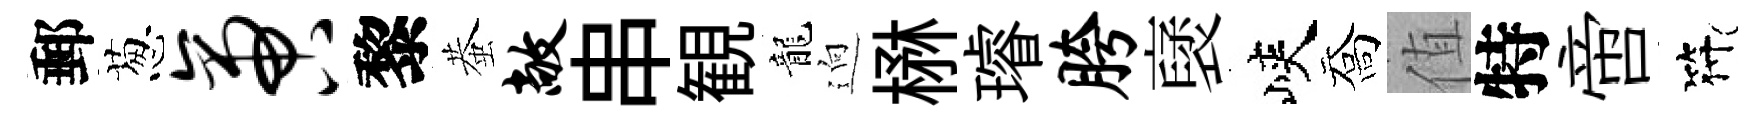
郵葱啻黎蛬敞串観龍逈楙璿胯裦峽喬值特啻符